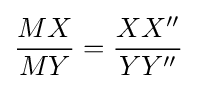
{MX \over MY}={XX'' \over YY''}